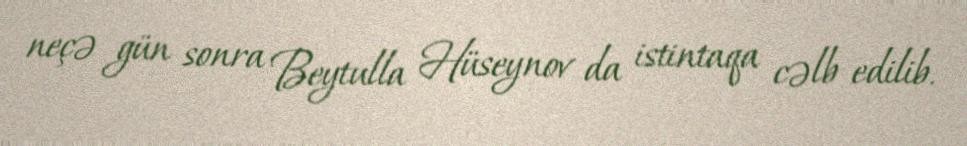
neçə gün sonra Beytulla Hüseynov da istintaqa cəlb edilib.